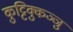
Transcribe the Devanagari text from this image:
कुट्टिक्कुञ्ञु